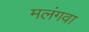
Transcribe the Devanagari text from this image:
मलंगवा